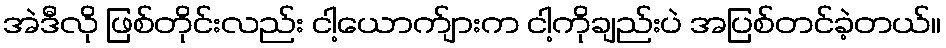
အဲဒီလို ဖြစ်တိုင်းလည်း ငါ့ယောက်ျားက ငါ့ကိုချည်းပဲ အပြစ်တင်ခဲ့တယ်။